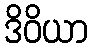
ဒိဝိယာ